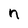
Character: n